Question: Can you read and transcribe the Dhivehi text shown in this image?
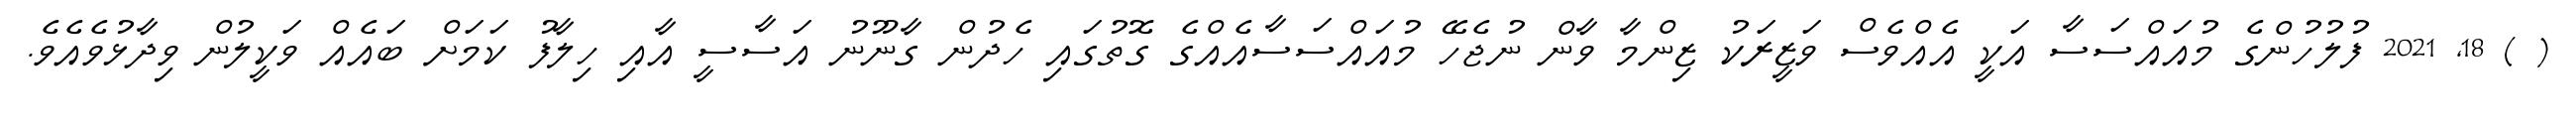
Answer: ( ) 18, 2021 ފުލުހުންގެ މުއައްސަސާ އަކީ އެއްވެސް ވަޒީރަކު ޒިންމާ ވާން ނުޖެހޭ މުއައްސަސާއެއްގެ ގޮތުގައި ހެދުން ގާނޫނު އަސާސީ އާއި ހިލާފު ކަމަށް ބައެއް ވަކީލުން ވިދާޅުވެއެވެ.